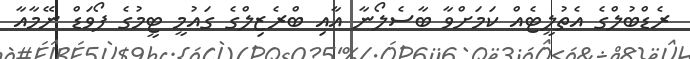
ރެޑްބުލްގެ އެތުލީޓެއް ކަމަށްވާ ބާސެލޯނާ އާއި ބްރެޒިލްގެ ގައުމީ ޓީމުގެ ފޯވަޑް ނޭމާއާ